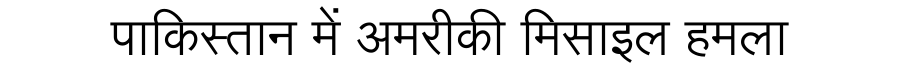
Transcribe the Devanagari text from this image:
पाकिस्तान में अमरीकी मिसाइल हमला